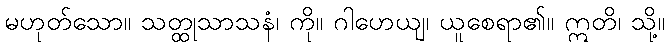
မဟုတ်သော။ သတ္ထုသာသနံ၊ ကို။ ဂါဟေယျ၊ ယူစေရာ၏။ ဣတိ၊ သို့။